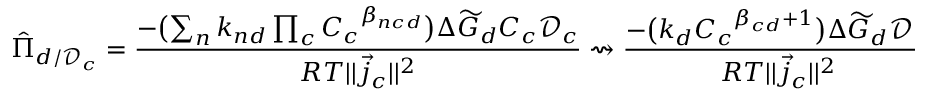
\hat { \Pi } _ { d / \mathcal { D } _ { c } } = \frac { - \bigl ( \sum _ { n } k _ { n d } \prod _ { c } { C _ { c } } ^ { \beta _ { n c d } } \bigr ) \Delta \widetilde { G } _ { d } C _ { c } \mathcal { D } _ { c } } { R T | | \vec { j } _ { c } | | ^ { 2 } } \rightsquigarrow \frac { - \bigl ( k _ { d } { C _ { c } } ^ { \beta _ { c d } + 1 } \bigr ) \Delta \widetilde { G } _ { d } \mathcal { D } _ { c } } { R T | | \vec { j } _ { c } | | ^ { 2 } }